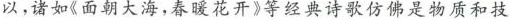
以，诸如《面朝大海，春暖花开》等经典诗歌仿佛是物质和技